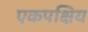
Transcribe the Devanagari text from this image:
एकपक्षिय